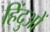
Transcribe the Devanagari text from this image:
हिंदुओें